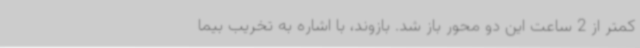
کمتر از 2 ساعت این دو محور باز شد. بازوند، با اشاره به تخریب بیما